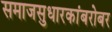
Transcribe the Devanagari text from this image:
समाजसुधारकांबरोबर